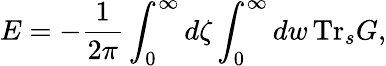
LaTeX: E=-{\frac{1}{2\pi}}\int_{0}^{\infty}d\zeta\int_{0}^{\infty}dw\, \mathrm{Tr}_{s}G,